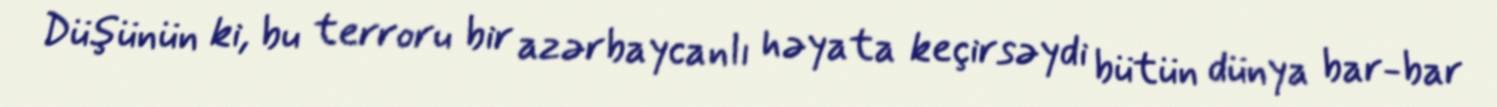
Düşünün ki, bu terroru bir azərbaycanlı həyata keçirsəydi bütün dünya bar-bar